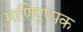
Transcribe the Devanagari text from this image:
माणिपुष्पक